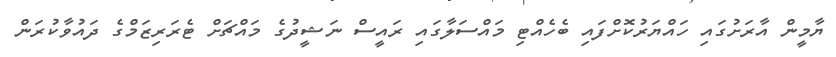
ޔާމީން އާރަށުގައި ހައްޔަރުކޮށްފައި ބެހެއްޓި މައްސަލާގައި ރައީސް ނަޝީދުގެ މައްޗަށް ޓެރަރިޒަމްގެ ދައުވާކުރަން